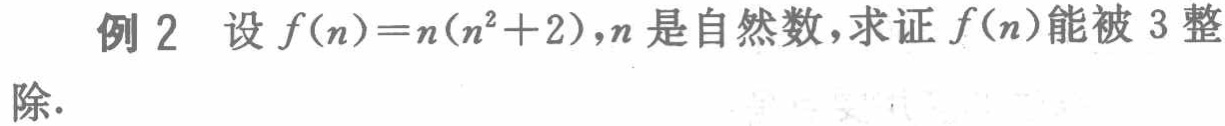
例 2 设 \(f(n)=n(n^{2}+2)\)，\(n\) 是自然数，求证 \(f(n)\) 能被 3 整 除.